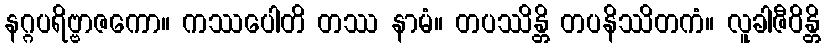
နဂ္ဂပရိဗ္ဗာဇကော။ ကဿပေါတိ တဿ နာမံ။ တပဿိန္တိ တပနိဿိတကံ။ လူခါဇီဝိန္တိ